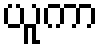
ယူကာ